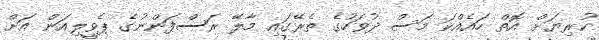
ކުރިޔަށް އޮތް ހައެއްކަ މަސް ދުވަހުގެ ތެރޭގައި މާލޭ ރަސްފަންނުގެ ޕެވީލިއަން އަށް